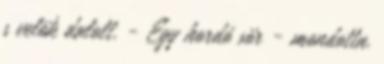
s velök dalolt. - Egy hordó sör - mondotta.